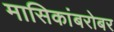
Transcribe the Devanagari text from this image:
मासिकांबरोबर